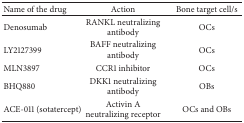
| Name of the drug | Action | Bone target cell/s |
 | --- | --- | --- |
 | Denosumab | RANKL neutralizing antibody | OCs |
 | LY2127399 | BAFF neutralizing antibody | OCs |
 | MLN3897 | CCR1 inhibitor | OCs |
 | BHQ880 | DKK1 neutralizing antibody | OBs |
 | ACE-011 (sotatercept) | Activin A neutralizing receptor | OCs and OBs |